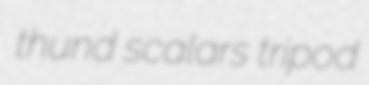
thund scalars tripod